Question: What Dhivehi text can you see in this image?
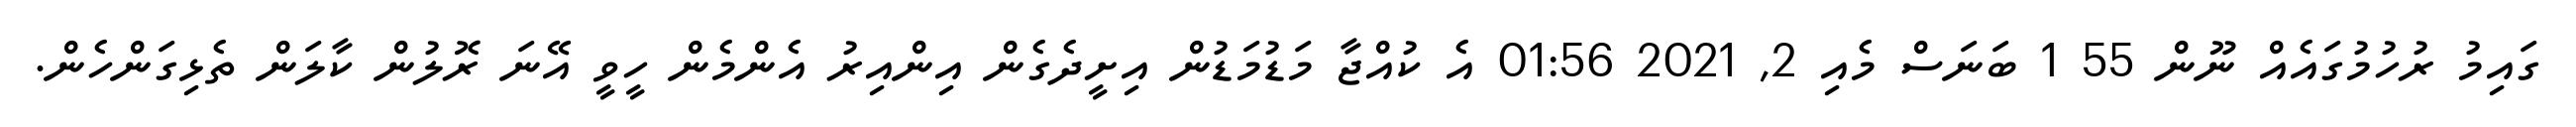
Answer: ގައިމު ރުހުމުގައެއް ނޫން 55 1 ބަނަސް މެއި 2, 2021 01:56 އެ ކުއްޖާ މަޑުމަޑުން އިށީދެގެން އިންއިރު އެންމެން ހީވީ އޭނަ ރޮލުން ކާލަން ތެޅިގަންހެން.